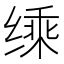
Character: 𮶄